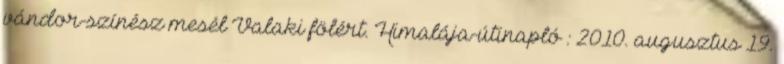
vándor-színész mesél Valaki fölért. Himalája-útinapló : 2010. augusztus 19.